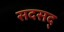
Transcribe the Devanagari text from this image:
सदसद्